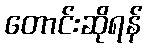
တောင်းဆိုရန်